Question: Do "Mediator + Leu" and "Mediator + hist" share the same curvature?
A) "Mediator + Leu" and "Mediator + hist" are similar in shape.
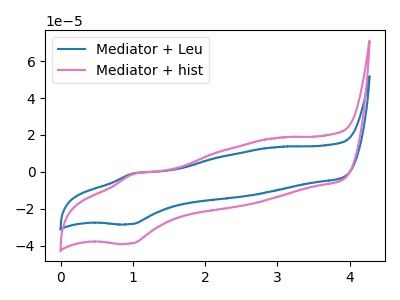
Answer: <think>The blue curve "Mediator + Leu" has an anodic peak at (1.00V, -0.80uA) and a cathodic peak at (1.00V, -28.30uA). The pink curve "Mediator + hist" has an anodic peak at (1.00V, -1.10uA) and a cathodic peak at (1.00V, -38.85uA).
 All the peaks in "Mediator + Leu" have a peak in "Mediator + hist" at the same potential.</think>
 <answer>A) "Mediator + Leu" and "Mediator + hist" are similar in shape.</answer>
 <eval>A</eval>